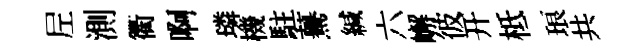
𡰱測衢啊璘機駐驀緘六嶰彼开柢琅共